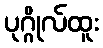
ပုဂ္ဂိုလ်ထူး